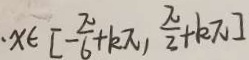
\cdot x \in [ - \frac { \pi } { 6 } + k \pi , \frac { \pi } { 2 } + k \pi ]